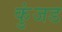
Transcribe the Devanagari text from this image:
कुंजड